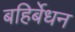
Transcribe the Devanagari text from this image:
बहिर्बेधन